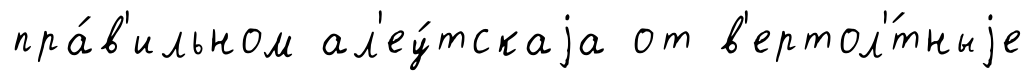
пра́в'ильном ал'еу́тскаjа от в'ертол'́тныjе